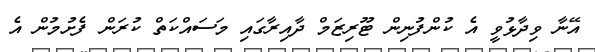
އޭނާ ވިދާޅުވީ އެ ކުންފުނިން ޓޫރިޒަމް ދާއިރާގައި މަސައްކަތް ކުރަން ފެށުމުން އެ